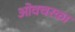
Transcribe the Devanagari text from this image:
ओवचरका